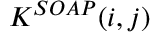
K ^ { S O A P } ( i , j )